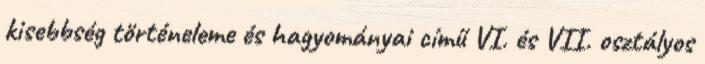
kisebbség történeleme és hagyományai című VI. és VII. osztályos